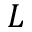
L